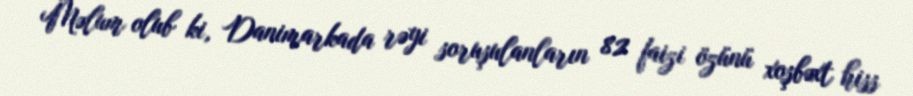
Məlum olub ki, Danimarkada rəyi soruşulanların 82 faizi özünü xoşbəxt hiss